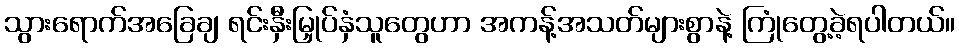
သွားရောက်အခြေချ ရင်းနှီးမြှုပ်နှံသူတွေဟာ အကန့်အသတ်များစွာနဲ့ ကြုံတွေ့ခဲ့ရပါတယ်။